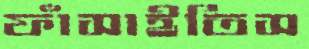
ফাঁসাইতিস